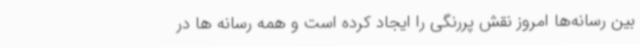
بین رسانه‌ها امروز نقش پررنگی را ایجاد کرده است و همه رسانه ها در